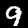
Label: 9